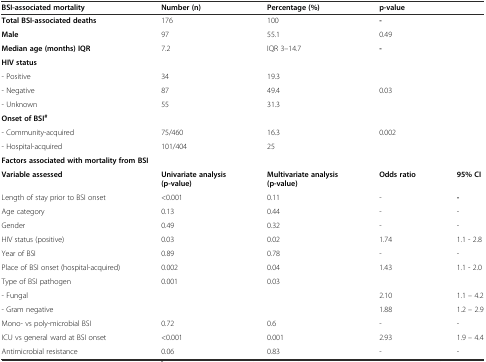
<table><thead><tr><td><b>BSI-associated mortality</b></td><td><b>Number (n)</b></td><td><b>Percentage (%)</b></td><td><b>p-value</b></td><td></td></tr></thead><tbody><tr><td><b>Total BSI-associated deaths</b></td><td>176</td><td>100</td><td><b>-</b></td><td rowspan="10"></td></tr><tr><td><b>Male</b></td><td>97</td><td>55.1</td><td>0.49</td></tr><tr><td><b>Median age (months) IQR</b></td><td>7.2</td><td>IQR 3–14.7</td><td><b>-</b></td></tr><tr><td><b>HIV status</b></td><td></td><td></td><td></td></tr><tr><td>- Positive</td><td>34</td><td>19.3</td><td></td></tr><tr><td>- Negative</td><td>87</td><td>49.4</td><td>0.03</td></tr><tr><td>- Unknown</td><td>55</td><td>31.3</td><td></td></tr><tr><td><b>Onset of BSI</b><sup><b>#</b></sup></td><td></td><td></td><td></td></tr><tr><td>- Community-acquired</td><td>75/460</td><td>16.3</td><td>0.002</td></tr><tr><td>- Hospital-acquired</td><td>101/404</td><td>25</td><td></td></tr><tr><td colspan="5"><b>Factors associated with mortality from BSI</b></td></tr><tr><td><b>Variable assessed</b></td><td><b>Univariate analysis (p-value)</b></td><td><b>Multivariate analysis (p-value)</b></td><td><b>Odds ratio</b></td><td><b>95% CI</b></td></tr><tr><td>Length of stay prior to BSI onset</td><td>&lt;0.001</td><td>0.11</td><td>-</td><td><b>-</b></td></tr><tr><td>Age category</td><td>0.13</td><td>0.44</td><td>-</td><td>-</td></tr><tr><td>Gender</td><td>0.49</td><td>0.32</td><td>-</td><td>-</td></tr><tr><td>HIV status (positive)</td><td>0.03</td><td>0.02</td><td>1.74</td><td>1.1 - 2.8</td></tr><tr><td>Year of BSI</td><td>0.89</td><td>0.78</td><td>-</td><td>-</td></tr><tr><td>Place of BSI onset (hospital-acquired)</td><td>0.002</td><td>0.04</td><td>1.43</td><td>1.1 - 2.0</td></tr><tr><td>Type of BSI pathogen</td><td>0.001</td><td>0.03</td><td></td><td></td></tr><tr><td>- Fungal</td><td></td><td></td><td>2.10</td><td>1.1 – 4.2</td></tr><tr><td>- Gram negative</td><td></td><td></td><td>1.88</td><td>1.2 – 2.9</td></tr><tr><td>Mono- vs poly-microbial BSI</td><td>0.72</td><td>0.6</td><td>-</td><td>-</td></tr><tr><td>ICU vs general ward at BSI onset</td><td>&lt;0.001</td><td>0.001</td><td>2.93</td><td>1.9 – 4.4</td></tr><tr><td>Antimicrobial resistance</td><td>0.06</td><td>0.83</td><td>-</td><td>-</td></tr></tbody></table>